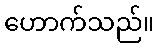
ဟောက်သည်။